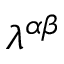
\lambda ^ { \alpha \beta }